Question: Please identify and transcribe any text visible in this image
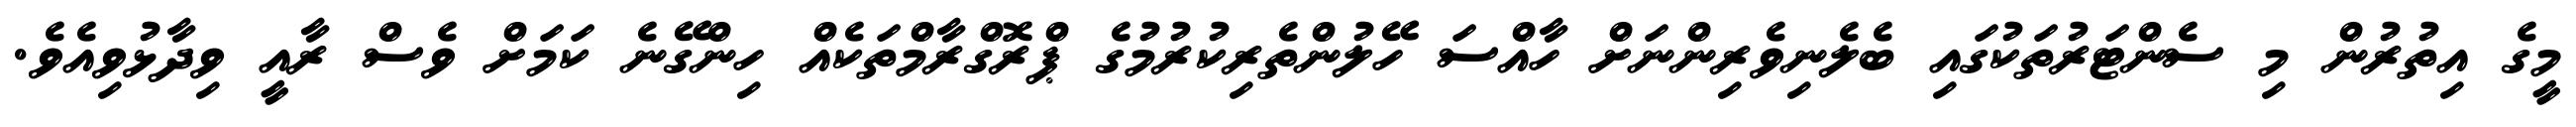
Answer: މީގެ އިތުރުން މި ސެންޓަރުތަކުގައި ބެލެނިވެރިންނަށް ހާއްސަ ހޭލުންތެރިކުރުމުގެ ޕްރޮގްރާމްތަކެއް ހިންގޭނެ ކަމަށް ވެސް ރާއީ ވިދާޅުވިއެވެ.